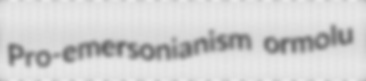
Pro-emersonianism ormolu